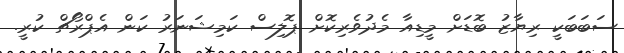
ސަބަބަކީ ރިޔާޒު ބޮޑަށް މީޑިއާ މެދުވެރިކޮށް ޕޮލިސް ކަމިޝަނަރު ކަން އެޕްރޯޗް ކުރީ.